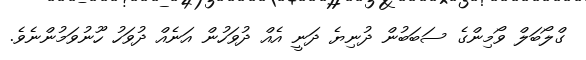
ގްލޯބަލް ވޯމިންގެ ސަބަބުން ދުނިޔެ ދަނީ އެއް ދުވަހުން އަނެއް ދުވަހު ހޫނުވަމުންނެވެ.